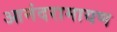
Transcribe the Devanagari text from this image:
आनंदरामायण